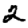
Digit: 2